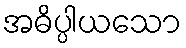
အဓိပ္ပါယသော